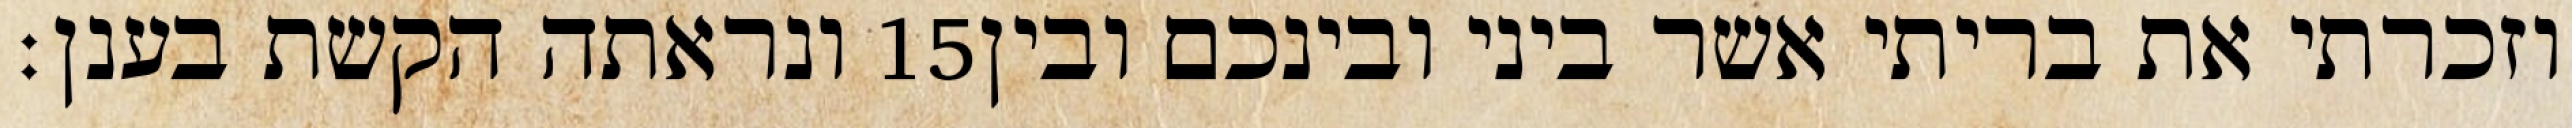
ונראתה הקשת בענן׃ ‎15‏ וזכרתי את בריתי אשר ביני ובינכם ובין